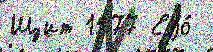
Щит 1577 Еjо́